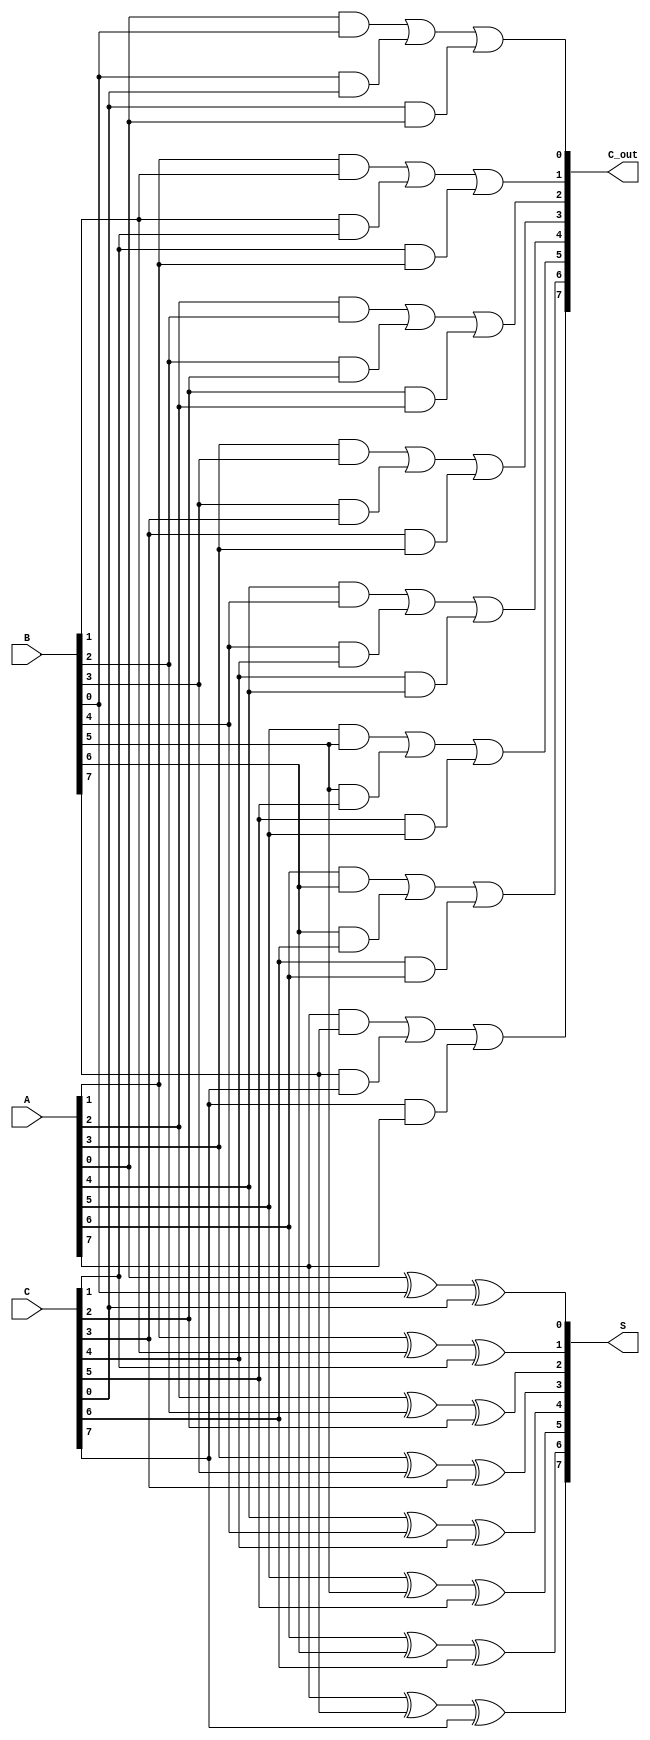
module CarrySaveAdder #(
    parameter N = 8 // Width of the operands
)(
    input  [N-1:0] A, // First operand
    input  [N-1:0] B, // Second operand
    input  [N-1:0] C, // Third operand
    output [N-1:0] S, // Sum output
    output [N-1:0] C_out // Carry output
);

    // Intermediate signals for sum and carry
    wire [N:0] carry; // Carry can be N+1 bits wide
    wire [N-1:0] sum;

    // Generate the carry-save outputs using full adders
    genvar i;
    generate
        for (i = 0; i < N; i = i + 1) begin : CSA_STAGE
            // Full adder logic for each bit
            assign sum[i] = A[i] ^ B[i] ^ C[i]; // Sum output
            assign carry[i+1] = (A[i] & B[i]) | (B[i] & C[i]) | (C[i] & A[i]); // Carry output
        end
    endgenerate

    // Assign the final carry output
    assign C_out = carry[N:1]; // The carry output is from the last carry bit to the first

    // Final sum output
    assign S = sum;

endmodule